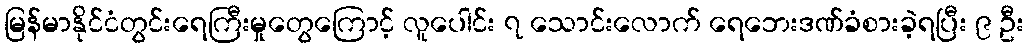
မြန်မာနိုင်ငံတွင်းရေကြီးမှုတွေကြောင့် လူပေါင်း ၇ သောင်းလောက် ရေဘေးဒဏ်ခံစားခဲ့ရပြီး ၉ ဦး